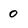
Character: 0